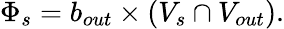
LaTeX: \Phi_{s}=b_{out}\times(V_{s}\cap V_{out}).